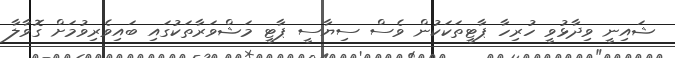
ޝައިނީ ވިދާޅުވީ ހުރިހާ ޕާޓީތަކަކުން ވެސް ސިޔާސީ ޕާޓީ މަޝްވަރާތަކުގައި ބައިވެރިވުމަށް ގޮވާލާ